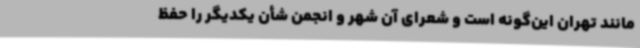
مانند تهران این‌گونه است و شعرای آن شهر و انجمن شأن یکدیگر را حفظ